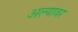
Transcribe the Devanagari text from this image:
अल्यावर